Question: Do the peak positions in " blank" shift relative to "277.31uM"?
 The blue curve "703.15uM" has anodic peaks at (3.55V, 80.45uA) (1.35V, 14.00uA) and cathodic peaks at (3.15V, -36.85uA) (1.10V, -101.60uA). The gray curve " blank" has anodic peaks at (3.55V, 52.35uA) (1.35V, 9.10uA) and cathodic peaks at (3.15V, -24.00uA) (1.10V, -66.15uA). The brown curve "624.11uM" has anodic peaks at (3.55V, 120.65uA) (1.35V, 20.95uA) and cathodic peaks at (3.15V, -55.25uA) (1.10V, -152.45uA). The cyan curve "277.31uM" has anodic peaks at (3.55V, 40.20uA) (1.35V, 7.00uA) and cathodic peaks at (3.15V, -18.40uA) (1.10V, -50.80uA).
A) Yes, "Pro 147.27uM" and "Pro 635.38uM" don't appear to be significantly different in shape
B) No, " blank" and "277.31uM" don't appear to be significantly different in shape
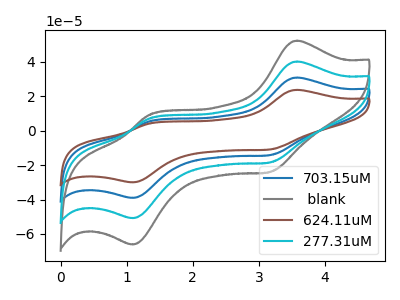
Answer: <think>All the peaks in " blank" have a peak in "277.31uM" at the same potential. Every peak in " blank" is higher than every peak in "277.31uM".
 </think>
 <answer>B) No, " blank" and "277.31uM" don't appear to be significantly different in shape</answer>
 <eval>B</eval>